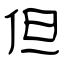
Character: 但